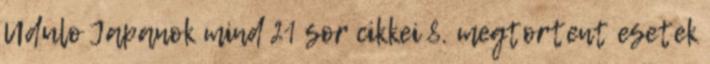
Udulo Japanok mind 21 sor cikkei 8. megtortent esetek